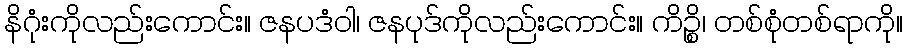
နိဂုံးကိုလည်းကောင်း။ ဇနပဒံဝါ၊ ဇနပုဒ်ကိုလည်းကောင်း။ ကိဉ္စိ၊ တစ်စုံတစ်ရာကို။